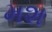
મશ